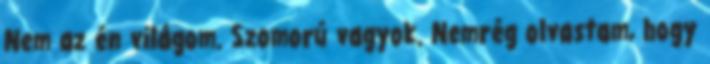
Nem az én világom. Szomorú vagyok. Nemrég olvastam, hogy